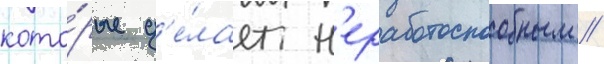
кото́рые д'е́лает н'еработоспособным //